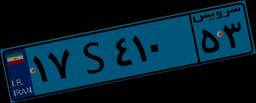
۸۸S۷۶۲۱۵